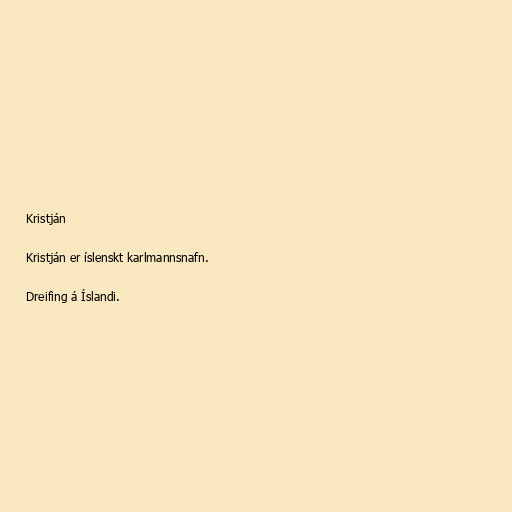
Kristján

Kristján er íslenskt karlmannsnafn.

Dreifing á Íslandi.